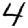
Digit: 4